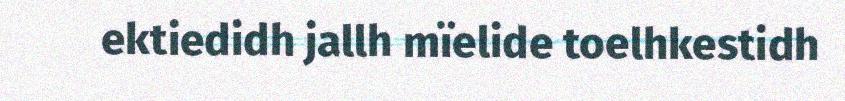
ektiedidh jallh mïelide toelhkestidh